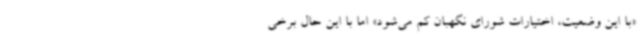
«با این وضعیت، اختیارات شورای نگهبان کم می‌شود» اما با این‌ حال برخی